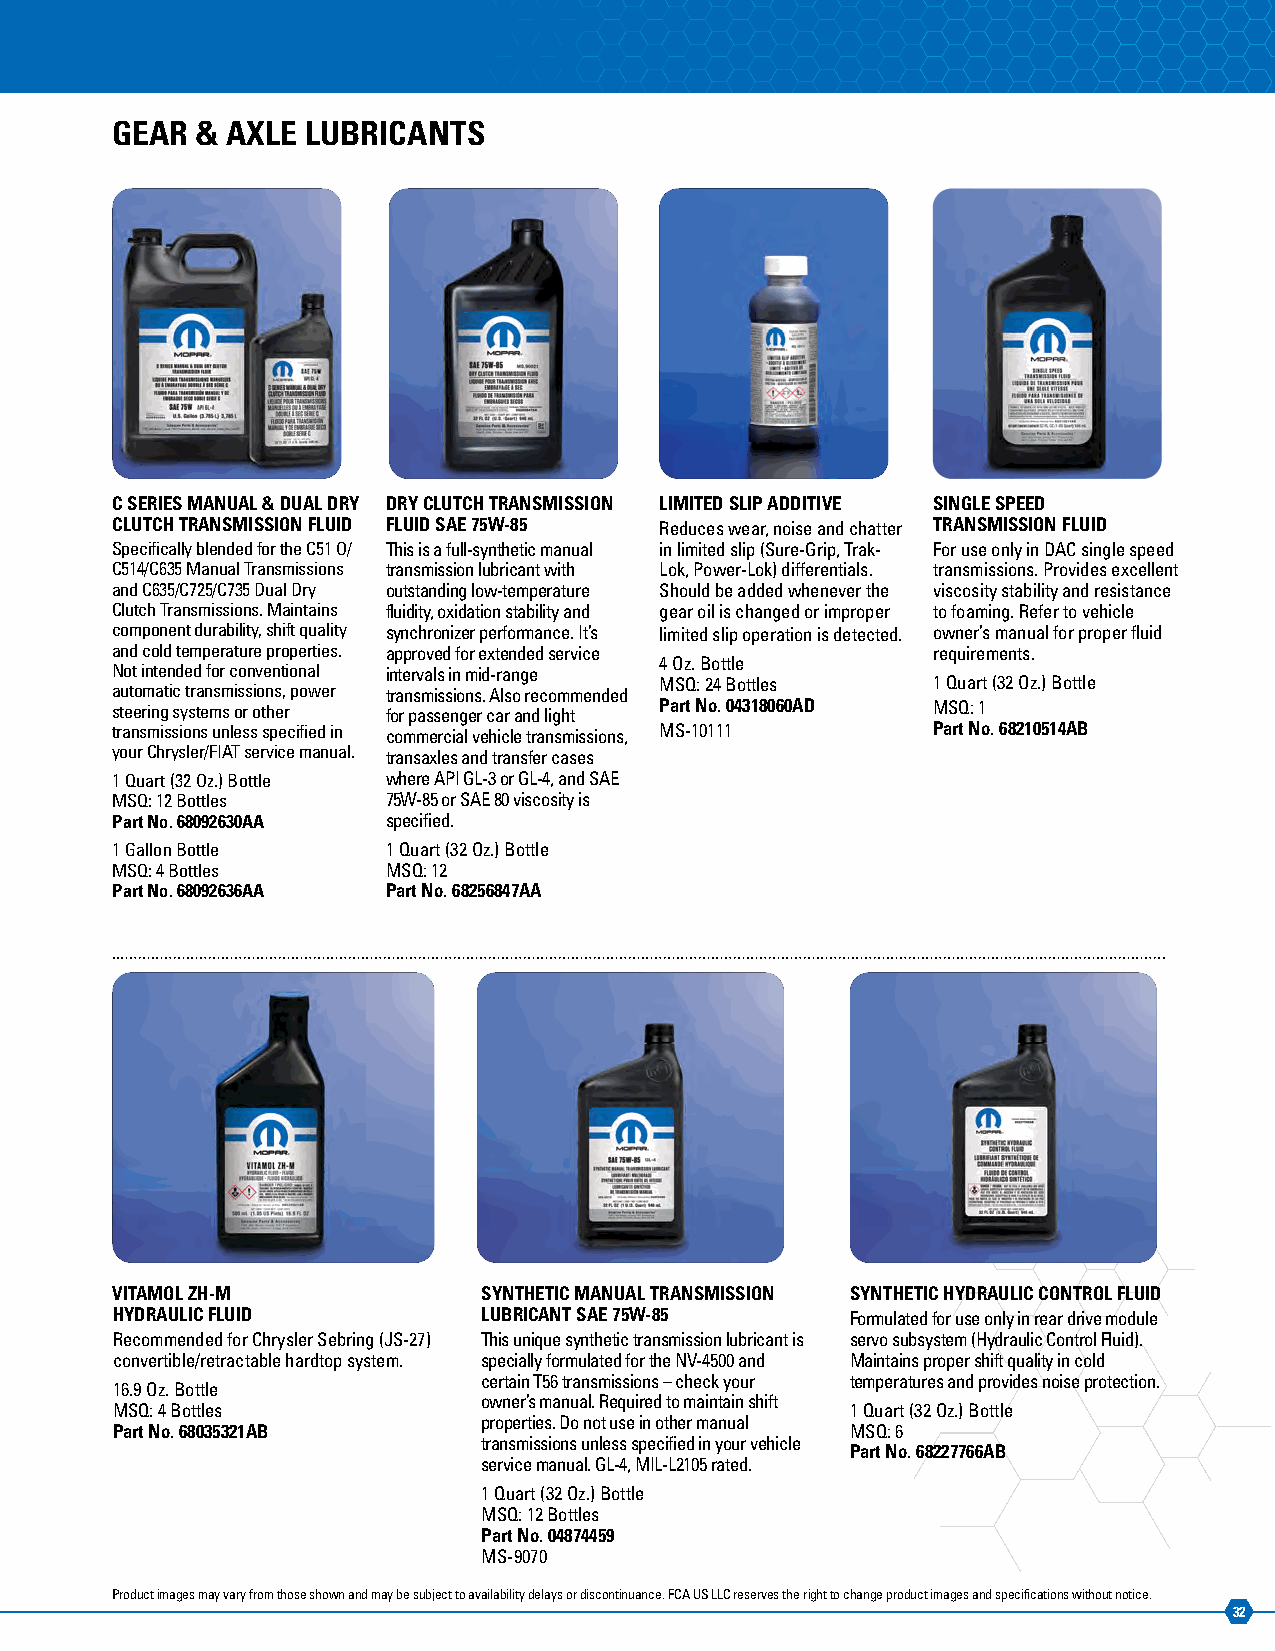
GEAR  & AXLE LUBRICANTS
 C SERIES MANUAL & DUAL DRY DRY CLUTCH TRANSMISSION LIMITED SLIP ADDITIVE SINGLE SPEED
 CLUTCH TRANSMISSION FLUID FLUID SAE 75W-85 Reduces wear, noise and chatter TRANSMISSION FLUID
 Specifically blended for the C51 O/ This is a full-synthetic manual in limited slip (Sure-Grip, Trak- For use only in DAC single speed
 C514/C635 Manual Transmissions transmission lubricant with Lok, Power-Lok) differentials. transmissions. Provides excellent
 and C635/C725/C735 Dual Dry outstanding low-temperature Should be added whenever the viscosity stability and resistance
 Clutch Transmissions. Maintains fluidity, oxidation stability and gear oil is changed or improper to foaming. Refer to vehicle
 component durability, shift quality synchronizer performance. It’s limited slip o peration is detected. owner’s manual for proper fluid
 and cold temperature properties. approved for extended service requirements.
 4 Oz. Bottle
 Not intended for conventional intervals in mid-range
 MSQ: 24 Bottles   1 Quart (32 Oz.) Bottle
 automatic transmissions, power transmissions. Also recommended
 steering systems or other for passenger car and light Part No. 04318060AD MSQ: 1
 transmissions unless specified in commercial vehicle transmissions, MS-10111 Part No. 68210514AB
 your Chrysler/FIAT service manual. transaxles and transfer cases
 1 Quart (32 Oz.) Bottle where API GL-3 or GL-4, and SAE
 MSQ: 12 Bottles    75W-85 or SAE 80 viscosity is
 Part No. 68092630AA specified.
 1 Gallon Bottle    1 Quart (32 Oz.) Bottle
 MSQ: 4 Bottles     MSQ: 12
 Part No. 68092636AA Part No. 68256847AA
 VITAMOL ZH-M             SYNTHETIC MANUAL TRANSMISSION SYNTHETIC HYDRAULIC CONTROL FLUID
 HYDRAULIC FLUID          LUBRICANT SAE 75W-85    Formulated for use only in rear drive module
 Recommended for Chrysler Sebring (JS-27) This unique synthetic transmission lubricant is servo subsystem (Hydraulic Control Fluid).
 convertible/retractable hardtop system. specially formulated for the NV-4500 and Maintains proper shift quality in cold
 certain T56 transmissions – check your temperatures and provides noise protection.
 16.9 Oz. Bottle
 owner’s manual. Required to maintain shift
 MSQ: 4 Bottles                                   1 Quart (32 Oz.) Bottle
 properties. Do not use in other manual
 Part No. 68035321AB                              MSQ: 6
 transmissions unless specified in your vehicle
 Part No. 68227766AB
 service manual. GL-4, MIL-L2105 rated.
 1 Quart (32 Oz.) Bottle
 MSQ: 12 Bottles
 Part No. 04874459
 MS-9070
 Product images may vary from those shown and may be subject to availability delays or discontinuance. FCA US LLC reserves the right to change product images and specifications without notice.
 32